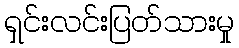
ရှင်းလင်းပြတ်သားမှု